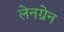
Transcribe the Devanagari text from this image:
लेनग्रेन